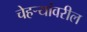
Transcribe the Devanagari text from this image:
चेहऱ्यांवरील